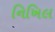
નિખિલ